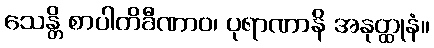
သေန္တိ စာပါတိခီဏာဝ၊ ပုရာဏာနိ အနုတ္ထုနံ။